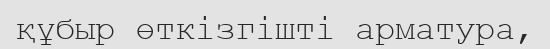
құбыр өткізгішті арматура,